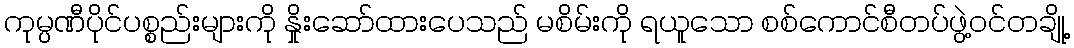
ကုမ္ပဏီပိုင်ပစ္စည်းများကို နှိုးဆော်ထားပေသည် မစိမ်းကို ရယူသော စစ်ကောင်စီတပ်ဖွဲ့ဝင်တချို့